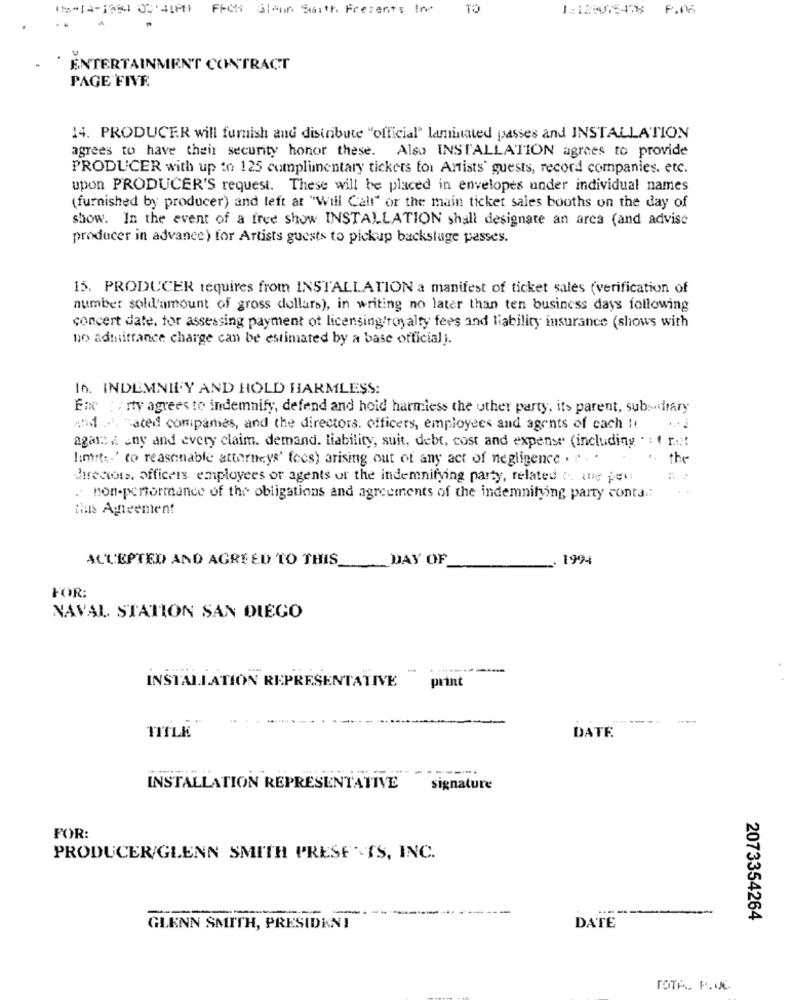
Fecti Glenn Swith Presents In
TO
P.MK
ENTERTAINMENT CONTRACT
PAGE FIVE
14. PRODUCER will furnish and distribute "official" laminated passes and INSTALLATION
agrees to have their security honor these. Also INSTALLATION agrees to provide
PRODUCER with up to 125 complimentary tickets for Artists' guests, record companies. etc.
upon PRODUCER'S request. These will be placed in envelopes under individual names
(furnished by producer) and left at "Will Call" or the main ticket sales booths on the day of
show. In the event of a free show INSTALLATION shall designate an area (and advise
producer in advance) for Artists guests to pickup backsluge passes.
15. PRODUCER requires from INSTALLATION a manifest of ticket sales (verification of
number sold'amount of gross dollars), in writing no later than ten business days following
concert date, for assessing payment ot licensing/royalty fees and liability insurance (shows with
no admittance charge can be estimated by a base official).
16. INDEMNILY AND HOLD HARMLESS:
Enxc : : rty agrees to indemnify, defend and hold harmless the other party, its parent, subsidiary
And ... "ated companies, and the directors. officers, employees and agents of cach It
again.i any and every claim. demand. liability, suit, debt, cost and expense (including . : ( ru!
limit :. ' to reasonable attorneys' fees) arising out of any act of negligence . . . .
the
hrecions. officers, employees or agents of the indemnifying party, related t -. que pet:
. non-performance of the obligations and agreements of the indemnifying party conta .:
thus Agreement
ACCEPTED AND AGREED TO THIS_
DAY OF
1994
FOR:
NAVAL STATION SAN DIEGO
print
INSTALLATION REPRESENTATIVE
------
DATE
TITLE
--...
INSTALLATION REPRESENTATIVE
signature
FOR:
PRODUCER/GLENN SMITH PRESE -TS, INC.
2073354264
GLENN SMITH, PRESIDKNI
DATE
TOTA. P. UC.